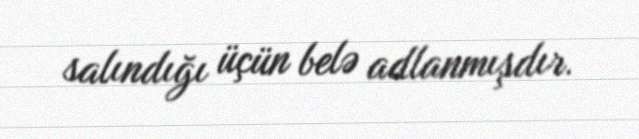
salındığı üçün belə adlanmışdır.